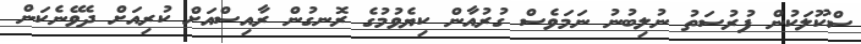
ސްކޫލަކުން ފުރުސަތު ނުލިބުނު ނަަމަވެސް ގުރުއާން ކިޔެވުމުގެ ރޮނގުން ރާއިސްއަށް ކުރިއަށް ދެވޭނެކަން